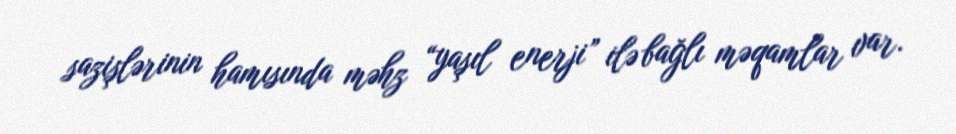
sazişlərinin hamısında məhz “yaşıl enerji” ilə bağlı məqamlar var.